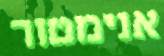
אנימטור